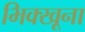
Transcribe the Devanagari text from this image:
भिक्खूना